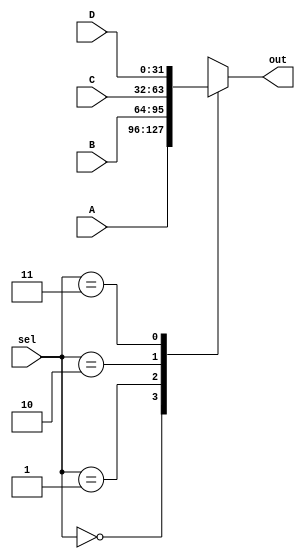
module mux_41 #(parameter W=32) (
	input [W-1:0] A, B, C, D,
	input [1:0] sel,

	output reg [W-1:0] out
);

always@(*) begin
  case(sel)
    2'b00: out <= A;
    2'b01: out <= B;
    2'b10: out <= C;
    2'b11: out <= D;
  endcase
end

endmodule